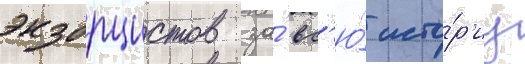
экзорцистов за́ вс'ю́ исто́р'иу